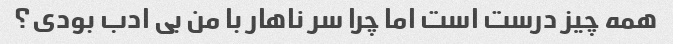
همه چیز درست است اما چرا سر ناهار با من بی ادب بودی؟